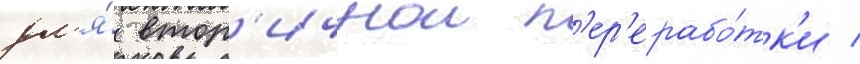
дл'я́ втор'ичнои п'ер'ерабо́тк'и /